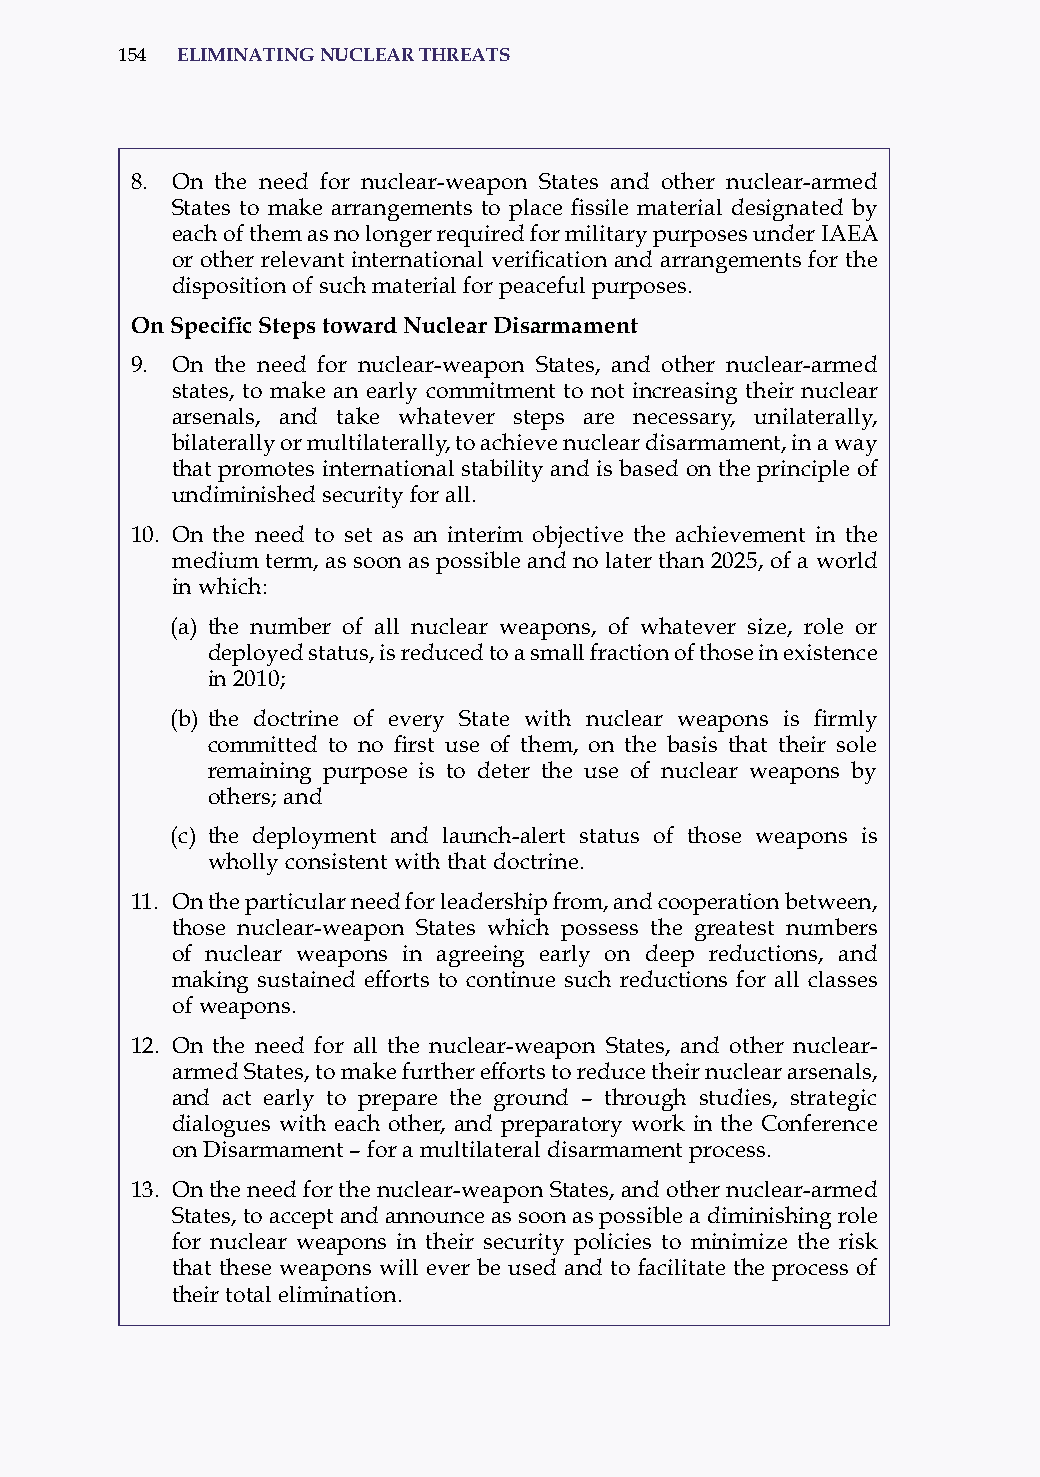
154 eliminatinG nuclear threats
 8. on the need for nuclear-weapon states and other nuclear-armed
 States to make arrangements to place fissile material designated by
 each of them as no longer required for military purposes under iaEa
 or other relevant international verification and arrangements for the
 disposition of such material for peaceful purposes.
 On Specific Steps toward Nuclear Disarmament
 9. on the need for nuclear-weapon states, and other nuclear-armed
 states, to make an early commitment to not increasing their nuclear
 arsenals, and take whatever steps are necessary, unilaterally,
 bilaterally or multilaterally, to achieve nuclear disarmament, in a way
 that promotes international stability and is based on the principle of
 undiminished security for all.
 10. on the need to set as an interim objective the achievement in the
 medium term, as soon as possible and no later than 2025, of a world
 in which:
 (a) the number of all nuclear weapons, of whatever size, role or
 deployed status, is reduced to a small fraction of those in existence
 in 2010;
 (b) the doctrine of every State with nuclear weapons is firmly
 committed to no first use of them, on the basis that their sole
 remaining purpose is to deter the use of nuclear weapons by
 others; and
 (c) the deployment and launch-alert status of those weapons is
 wholly consistent with that doctrine.
 11. on the particular need for leadership from, and cooperation between,
 those nuclear-weapon states which possess the greatest numbers
 of nuclear weapons in agreeing early on deep reductions, and
 making sustained efforts to continue such reductions for all classes
 of weapons.
 12. on the need for all the nuclear-weapon states, and other nuclear-
 armed states, to make further efforts to reduce their nuclear arsenals,
 and act early to prepare the ground – through studies, strategic
 dialogues with each other, and preparatory work in the Conference
 on Disarmament – for a multilateral disarmament process.
 13. on the need for the nuclear-weapon states, and other nuclear-armed
 states, to accept and announce as soon as possible a diminishing role
 for nuclear weapons in their security policies to minimize the risk
 that these weapons will ever be used and to facilitate the process of
 their total elimination.